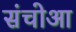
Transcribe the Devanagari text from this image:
संचोआ